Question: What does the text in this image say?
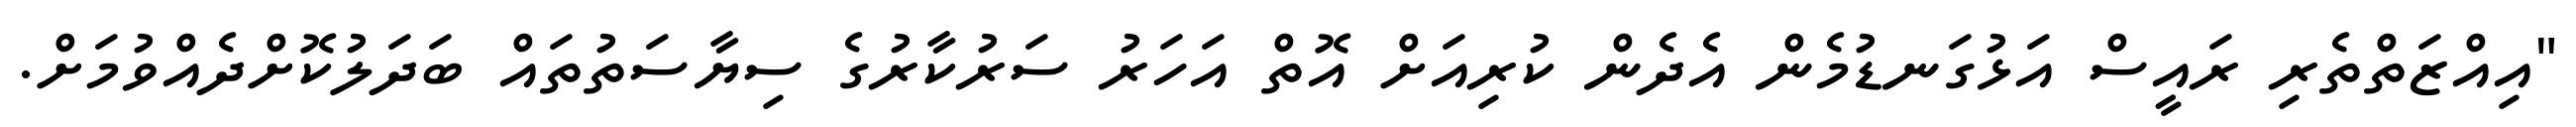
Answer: "އިއްޒަތްތެރި ރައީސް އަޅުގަނޑުމެން އެދެން ކުރިއަށް އޮތް އަހަރު ސަރުކާރުގެ ސިޔާސަތުތައް ބަދަލުކޮށްދެއްވުމަށް.